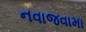
નવાજવામા